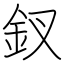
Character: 釵